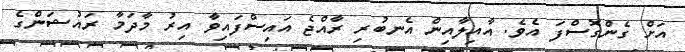
އަށް ގެންގޮސްފަ އެވެ. އާއިލާއިން އެނބުރި ރާއްޖެ އައިސްފައިވާ އިރު މާދަމާ ރައުޝަންގެ